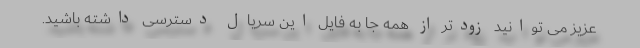
عزیز می توانید زودتر از همه جا به فایل این سریال دسترسی داشته باشید.